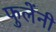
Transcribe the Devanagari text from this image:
फुलेंनी